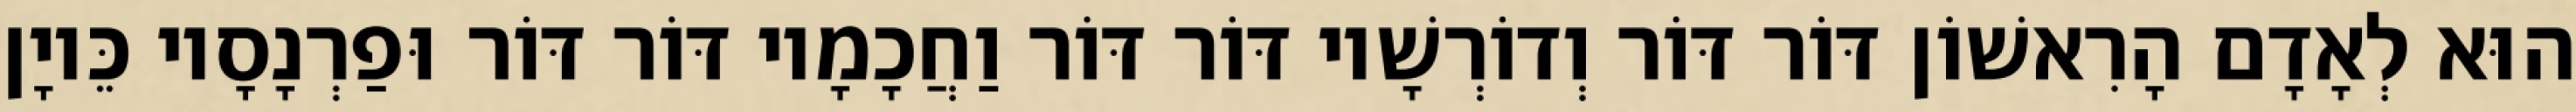
הוּא לְאָדָם הָרִאשׁוֹן דּוֹר דּוֹר וְדוֹרְשָׁיו דּוֹר דּוֹר וַחֲכָמָיו דּוֹר דּוֹר וּפַרְנָסָיו כֵּיוָן